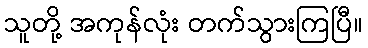
သူတို့ အကုန်လုံး တက်သွားကြပြီ။